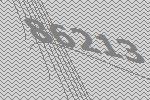
86213